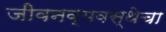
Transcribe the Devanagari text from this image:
जीवनव्यवस्थेचा